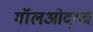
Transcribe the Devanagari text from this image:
मॉलओद्य्च